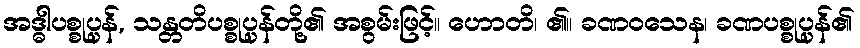
အဒ္ဓါပစ္စုပ္ပန်, သန္တတိပစ္စုပ္ပန်တို့၏ အစွမ်းဖြင့်။ ဟောတိ၊ ၏။ ခဏဝသေန၊ ခဏပစ္စုပ္ပန်၏